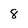
Character: 8